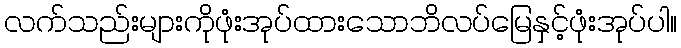
လက်သည်းများကိုဖုံးအုပ်ထားသောဘိလပ်မြေနှင့်ဖုံးအုပ်ပါ။